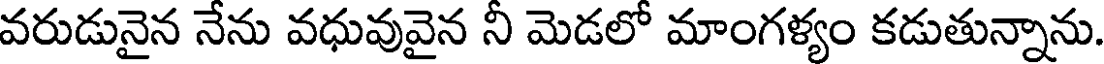
వరుడునైన నేను వధువువైన నీ మెడలో మాంగళ్యం కడుతున్నాను